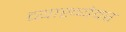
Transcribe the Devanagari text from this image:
व्याख्येवर